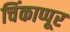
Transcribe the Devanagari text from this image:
चिंकाप्पूर